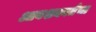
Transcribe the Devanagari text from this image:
आवशक्यतेचा